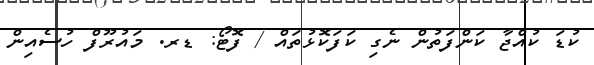
ކުޑަ ކުއްޖާ ކަންފަތުން ނެގި ކަފަކޮޅުތައް / ފޮޓޯ: ޑރ. މައުރޫފް ހުސެއިން